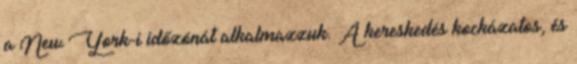
a New York-i időzónát alkalmazzuk. A kereskedés kockázatos, és